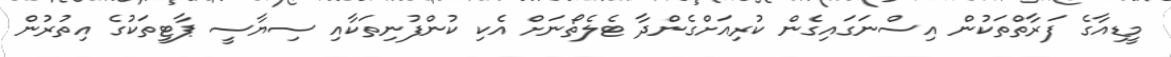
މީޑިއާގެ ފަރާތްތަކުން އިސްނަގައިގެން ކުރިއަށްގެންދާ ޓެލެތޯނަށް އެކި ކުންފުނިތަކާއި ސިޔާސީ ޕާޓީތަކުގެ އިތުރުން